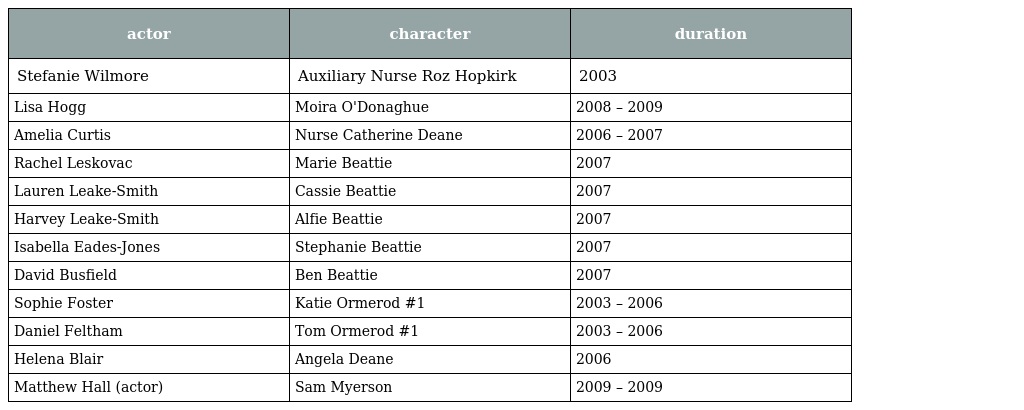
| actor | character | duration |
 | --- | --- | --- |
 | Stefanie Wilmore | Auxiliary Nurse Roz Hopkirk | 2003 |
 | Lisa Hogg | Moira O'Donaghue | 2008 – 2009 |
 | Amelia Curtis | Nurse Catherine Deane | 2006 – 2007 |
 | Rachel Leskovac | Marie Beattie | 2007 |
 | Lauren Leake-Smith | Cassie Beattie | 2007 |
 | Harvey Leake-Smith | Alfie Beattie | 2007 |
 | Isabella Eades-Jones | Stephanie Beattie | 2007 |
 | David Busfield | Ben Beattie | 2007 |
 | Sophie Foster | Katie Ormerod #1 | 2003 – 2006 |
 | Daniel Feltham | Tom Ormerod #1 | 2003 – 2006 |
 | Helena Blair | Angela Deane | 2006 |
 | Matthew Hall (actor) | Sam Myerson | 2009 – 2009 |